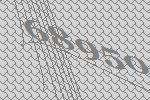
68950